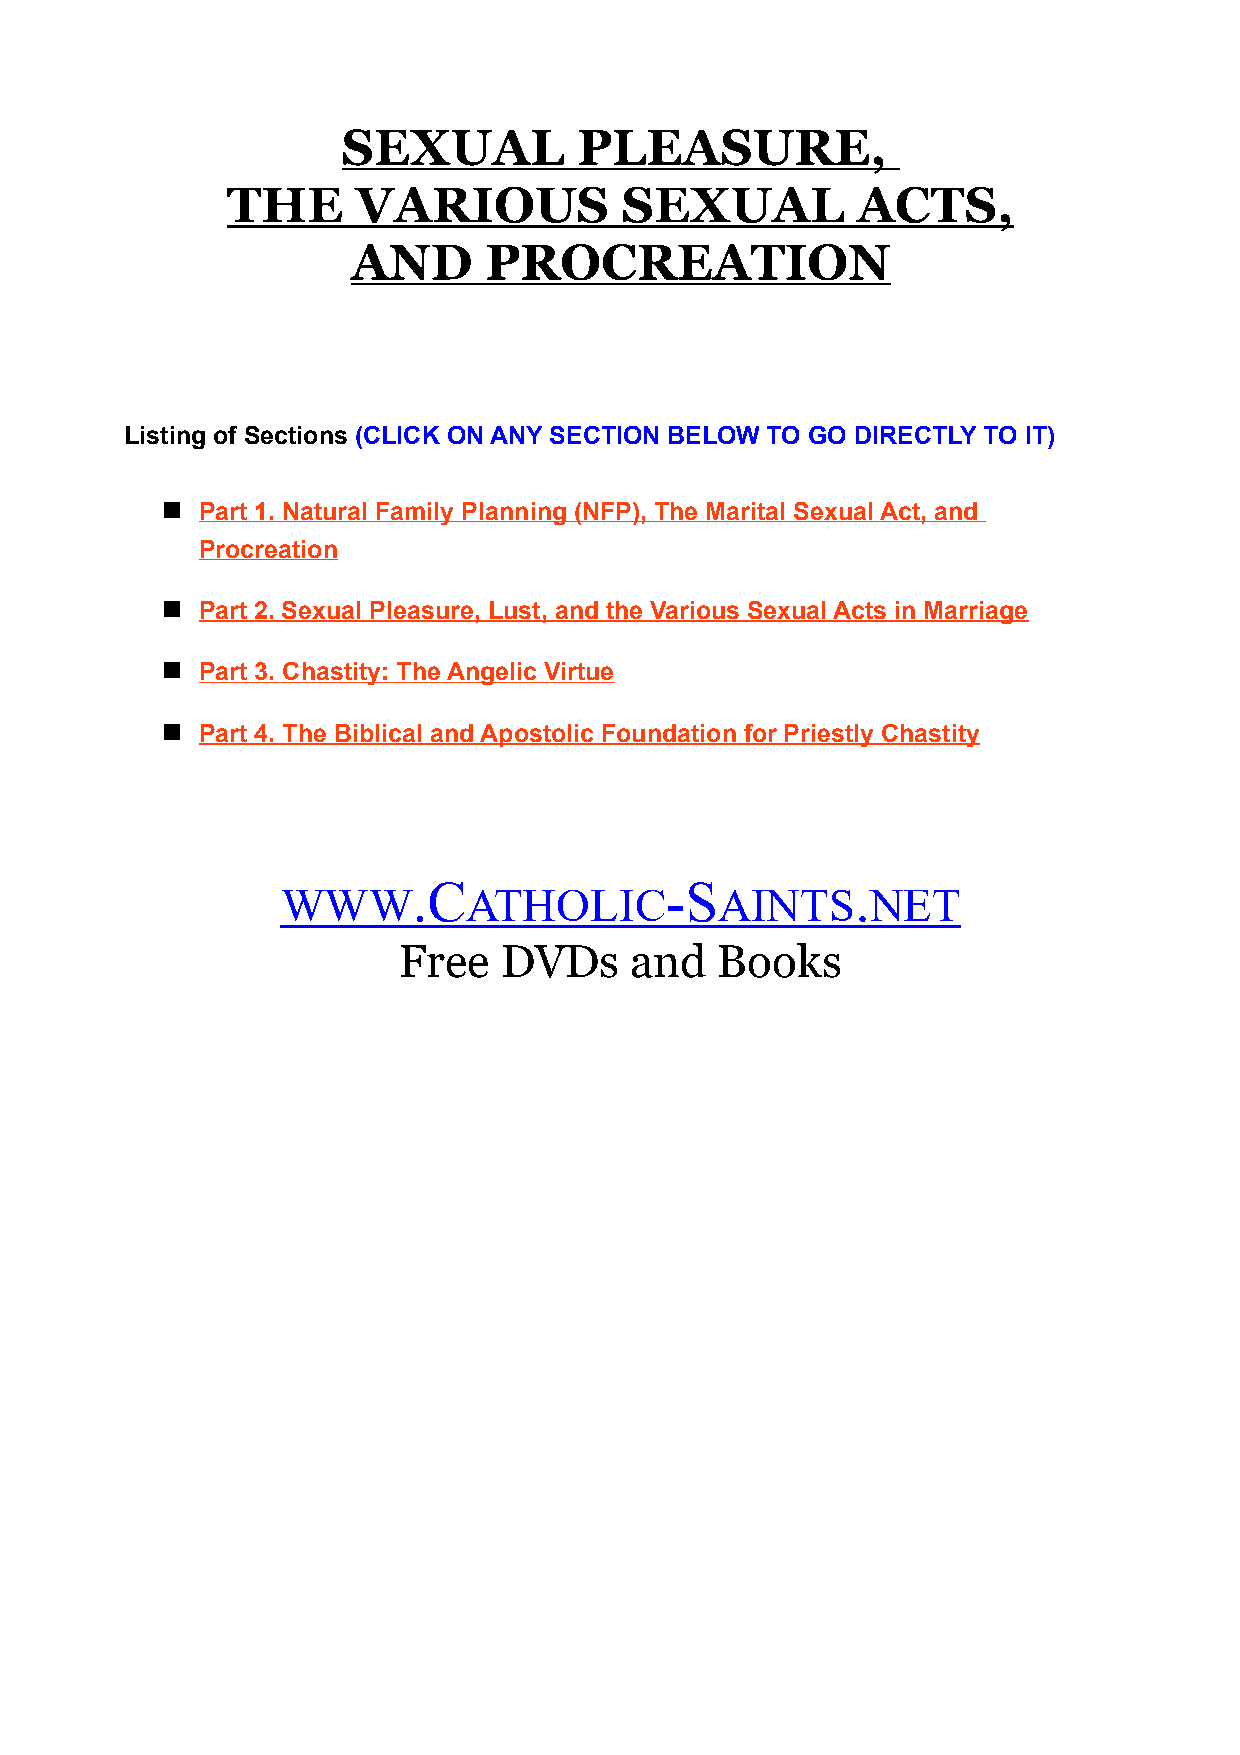
SEXUAL         PLEASURE,
 THE      VARIOUS          SEXUAL          ACTS,
 AND      PROCREATION
 Listing of Sections (CLICK ON ANY SECTION BELOW TO GO DIRECTLY TO IT)
  Part 1. Natural Family Planning (NFP), The Marital Sexual Act, and
 Procreation
  Part 2. Sexual Pleasure, Lust, and the Various Sexual Acts in Marriage
  Part 3. Chastity: The Angelic Virtue
  Part 4. The Biblical and Apostolic Foundation for Priestly Chastity
 .C               -S           .
 WWW         ATHOLIC          AINTS     NET
 Free   DVDs     and   Books